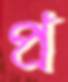
প্র